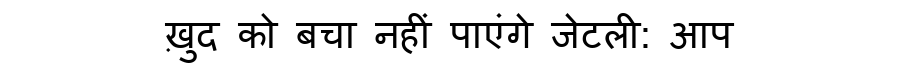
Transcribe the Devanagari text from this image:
ख़ुद को बचा नहीं पाएंगे जेटली: आप